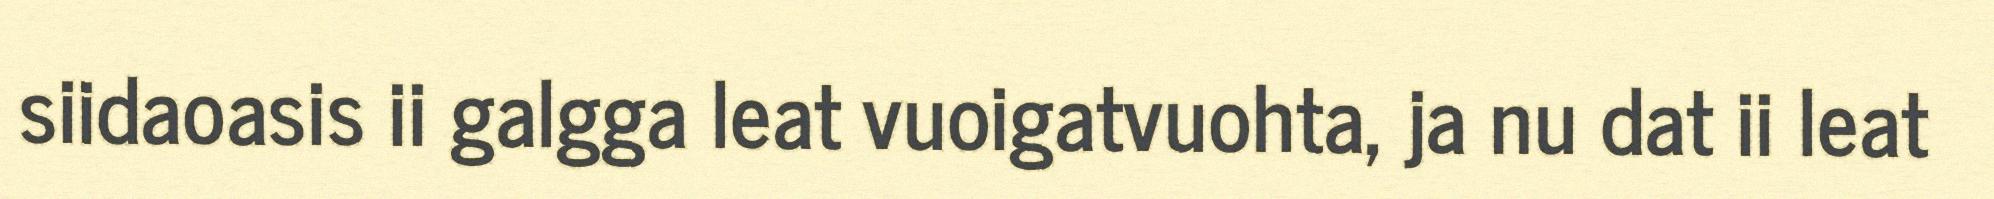
siidaoasis ii galgga leat vuoigatvuohta, ja nu dat ii leat